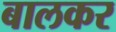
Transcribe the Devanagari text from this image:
बालकर